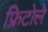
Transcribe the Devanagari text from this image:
फ्रिटोले